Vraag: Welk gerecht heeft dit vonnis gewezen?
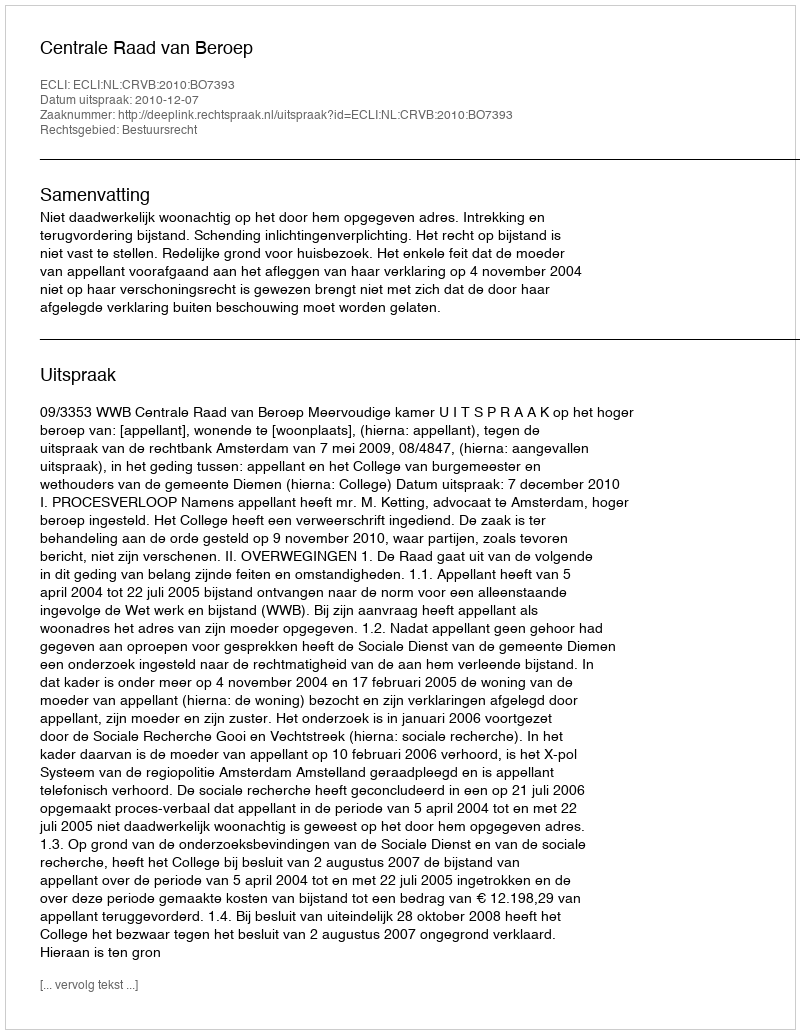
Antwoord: Centrale Raad van Beroep